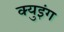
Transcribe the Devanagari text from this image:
क्युइंग